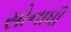
સોનાધી